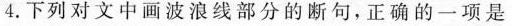
4.下列对文中画波浪线部分的断句，正确的一项是